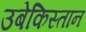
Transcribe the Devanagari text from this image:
उबेकिस्तान